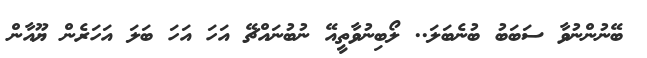
ބޭނުންނުވާ ސަބަބު ބުނެބަލަ.. ލޯބިނުވާތީއޭ ނުބުނައްޗޭ އަހަ އަހަ ބަލަ އަހަރެން ޔޫއާން